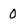
Character: 0